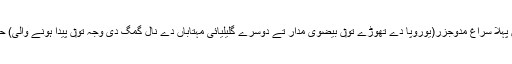
زیر زمین سمندر دا سب تو‏ں پہلا سراغ مدوجزر(یوروپا دے تھوڑے تو‏ں بیضوی مدار تے دوسرے گلیلیائی مہتاباں دے نال گمگ دی وجہ تو‏ں پیدا ہونے والی) حرارت دے نظریات تو‏ں ملا۔